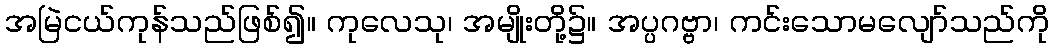
အမြဲငယ်ကုန်သည်ဖြစ်၍။ ကုလေသု၊ အမျိုးတို့၌။ အပ္ပဂဗ္ဗာ၊ ကင်းသောမလျော်သည်ကို